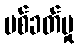
ပစ်ခတ်မှု